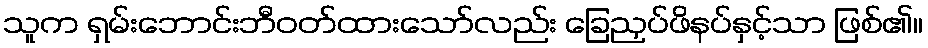
သူက ရှမ်းဘောင်းဘီဝတ်ထားသော်လည်း ခြေညှပ်ဖိနပ်နှင့်သာ ဖြစ်၏။